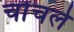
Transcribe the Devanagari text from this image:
चोंचले